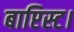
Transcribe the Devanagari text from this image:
बाप्टिस्ट।